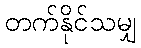
တက်နိုင်သမျှ